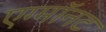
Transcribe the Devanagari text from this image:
एग्माॅनट